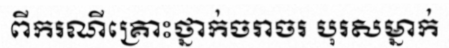
ពីករណីគ្រោះថ្នាក់ចរាចរ បុរសម្នាក់